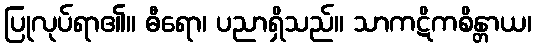
ပြုလုပ်ရာ၏။ ဓီရော၊ ပညာရှိသည်။ သာကဋိကစိန္တာယ၊